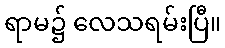
ရာမ၌ လေသရမ်းပြီ။